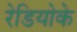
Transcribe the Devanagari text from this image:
रेडियोके